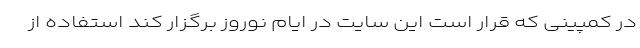
در کمپینی که قرار است این سایت در ایام نوروز برگزار کند استفاده از